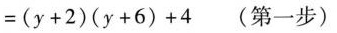
$$= ( y + 2 ) ( y + 6 ) + 4$$ (第一步)